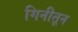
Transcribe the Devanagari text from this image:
गिनीतून